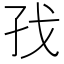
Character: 𪦷